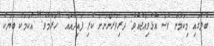
ބޮލުގައި މިކަމުން ވެސް އެޅުވިއްޖެއެވެ. ދަރިވަރުންނަށް ކުރި ފައިދާއެއް "ހަރާމެވެ." އެކަމަކު ބަޔަކު